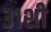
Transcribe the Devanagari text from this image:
३१शी